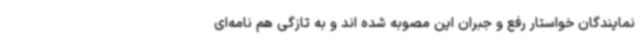
نمایندگان خواستار رفع و جبران این مصوبه شده اند و به تازگی هم نامه‌ای